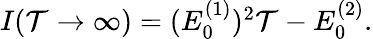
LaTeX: \begin{array}{r}{I(\mathcal{T\rightarrow\infty})=(E_{0}^{(1)})^{2}\mathcal{T}-E_{0}^{(2)}.}\end{array}